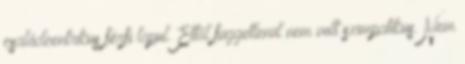
családcentrikus férfi lapul. Ettől függetlenül nem volt szimpatikus. Nem